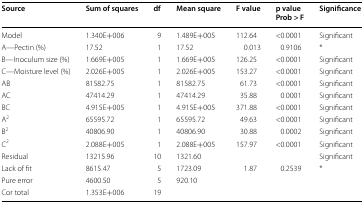
<table><thead><tr><td><b>Source</b></td><td><b>Sum of squares</b></td><td><b>df</b></td><td><b>Mean square</b></td><td><b>F value</b></td><td><b>p valueProb &gt; F</b></td><td><b>Significance</b></td></tr></thead><tbody><tr><td>Model</td><td>1.340E+006</td><td>9</td><td>1.489E+005</td><td>112.64</td><td>&lt;0.0001</td><td>Significant</td></tr><tr><td>A—Pectin (%)</td><td>17.52</td><td>1</td><td>17.52</td><td>0.013</td><td>0.9106</td><td>*</td></tr><tr><td>B—Inoculum size (%)</td><td>1.669E+005</td><td>1</td><td>1.669E+005</td><td>126.25</td><td>&lt;0.0001</td><td>Significant</td></tr><tr><td>C—Moisture level (%)</td><td>2.026E+005</td><td>1</td><td>2.026E+005</td><td>153.27</td><td>&lt;0.0001</td><td>Significant</td></tr><tr><td>AB</td><td>81582.75</td><td>1</td><td>81582.75</td><td>61.73</td><td>&lt;0.0001</td><td>Significant</td></tr><tr><td>AC</td><td>47414.29</td><td>1</td><td>47414.29</td><td>35.88</td><td>0.0001</td><td>Significant</td></tr><tr><td>BC</td><td>4.915E+005</td><td>1</td><td>4.915E+005</td><td>371.88</td><td>&lt;0.0001</td><td>Significant</td></tr><tr><td>A<sup>2</sup></td><td>65595.72</td><td>1</td><td>65595.72</td><td>49.63</td><td>&lt;0.0001</td><td>Significant</td></tr><tr><td>B<sup>2</sup></td><td>40806.90</td><td>1</td><td>40806.90</td><td>30.88</td><td>0.0002</td><td>Significant</td></tr><tr><td>C<sup>2</sup></td><td>2.088E+005</td><td>1</td><td>2.088E+005</td><td>157.97</td><td>&lt;0.0001</td><td>Significant</td></tr><tr><td>Residual</td><td>13215.96</td><td>10</td><td>1321.60</td><td></td><td></td><td>Significant</td></tr><tr><td>Lack of fit</td><td>8615.47</td><td>5</td><td>1723.09</td><td>1.87</td><td>0.2539</td><td>*</td></tr><tr><td>Pure error</td><td>4600.50</td><td>5</td><td>920.10</td><td></td><td></td><td></td></tr><tr><td>Cor total</td><td>1.353E+006</td><td>19</td><td></td><td></td><td></td><td></td></tr></tbody></table>